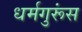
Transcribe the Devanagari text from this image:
धर्मगुरूंस